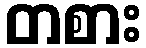
တစား